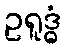
ဥရူဒ္ဓံ